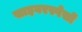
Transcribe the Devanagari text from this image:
साइबरस्पेसों